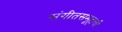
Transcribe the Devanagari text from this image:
संगीतसमूहाची